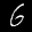
Label: 6